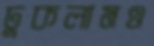
ঢুকলামও